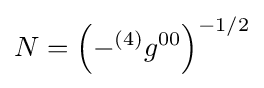
N=\left(-{^{(4)}g^{00}}\right)^{-1/2}